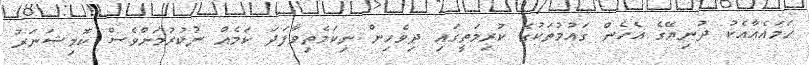
ހަމައެއާއެކު ދުނިޔޭގެ އެހެން ގައުމުތަކުގެ ކުރިމަތީގައި ދިވެހިން ނިކަމެތިވާފަދަ ކަމެއް ނުކުރުމަށްވެސް ކޮމިޝަނަރު